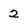
Character: 2